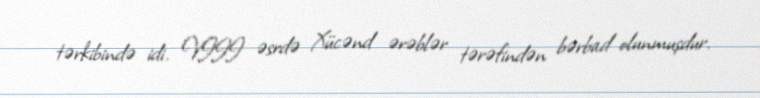
tərkibində idi. VIII əsrdə Xücənd ərəblər tərəfindən bərbad olunmuşdur.